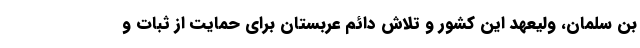
بن سلمان، ولیعهد این کشور و تلاش دائم عربستان برای حمایت از ثبات و